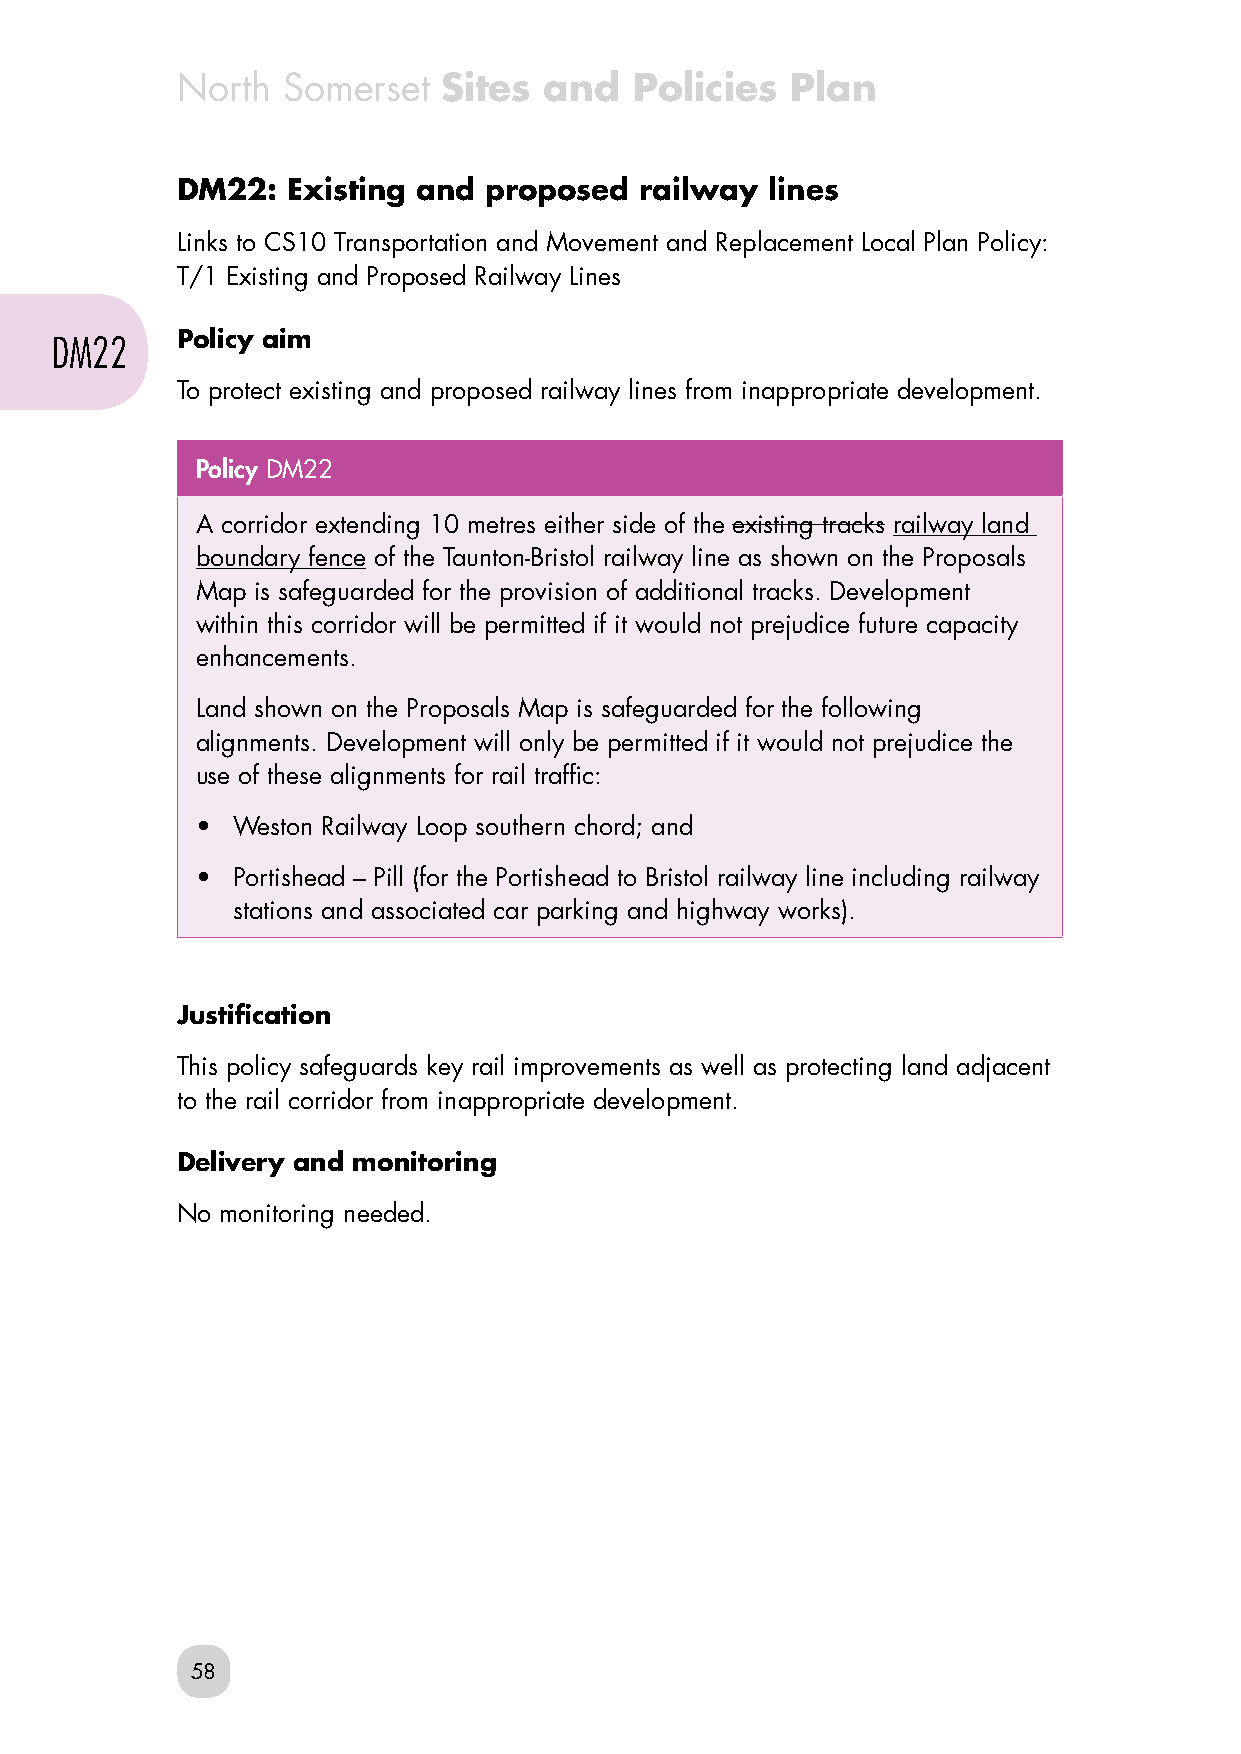
North  Somerset  Sites  and   Policies  Plan
 DM22:  Existing and proposed  railway  lines
 Links to CS10 Transportation and Movement and Replacement Local Plan Policy:
 T/1 Existing and Proposed Railway Lines
 Policy aim
 DM22
 To protect existing and proposed railway lines from inappropriate development.
 Policy DM22
 A corridor extending 10 metres either side of the existing tracks railway land
 boundary fence of the Taunton-Bristol railway line as shown on the Proposals
 Map is safeguarded for the provision of additional tracks. Development
 within this corridor will be permitted if it would not prejudice future capacity
 enhancements.
 Land shown on the Proposals Map is safeguarded for the following
 alignments. Development will only be permitted if it would not prejudice the
 use of these alignments for rail traffic:
 • Weston Railway Loop southern chord; and
 • Portishead – Pill (for the Portishead to Bristol railway line including railway
 stations and associated car parking and highway works).
 Justification
 This policy safeguards key rail improvements as well as protecting land adjacent
 to the rail corridor from inappropriate development.
 Delivery and monitoring
 No monitoring needed.
 58